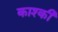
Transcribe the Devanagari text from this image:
काश्की